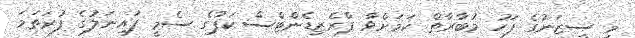
މި ސީޒަނުގެ ފަހު މުބާރާތް ކަމަށްވާ ޕްރެޒިޑެންޓްސް ކަޕުގެ ސެމީ ފައިނަލުގެ ފުރަތަމަ